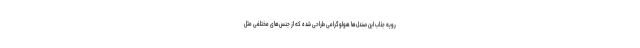
رویه جذاب این صندل‌ها هولوگرامی طراحی شده که از جنس‌های مختلفی مثل